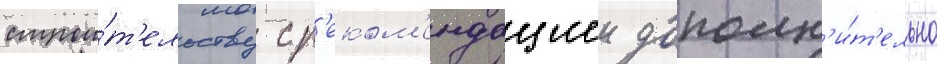
строи́т'ельству с р'еком'ендациеи дополн'и́т'ельно